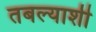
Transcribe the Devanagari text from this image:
तबल्याशी